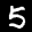
Label: 5